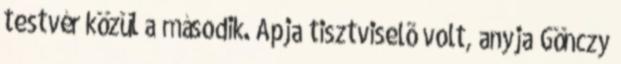
testvér közül a második. Apja tisztviselõ volt, anyja Gönczy